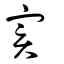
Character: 實